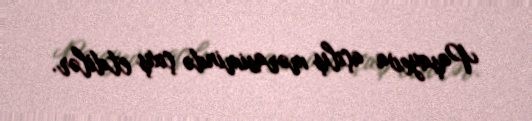
Paşayeva açılış mərasimində çıxış etdilər.